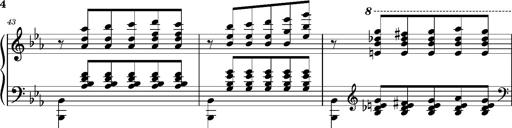
Title: PrÃ©ludes et Harmonies poÃ©tiques et religieuses
Composer: Franz Liszt